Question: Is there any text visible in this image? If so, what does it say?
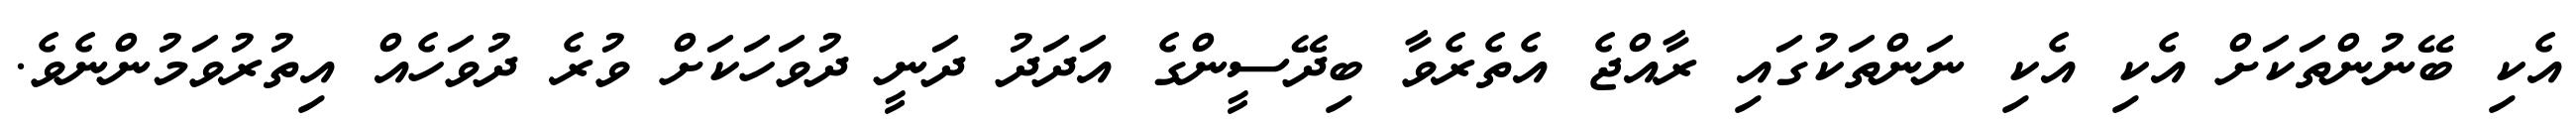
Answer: އެކި ބޭނުންތަކަށް އެކި އެކި ނަންތަކުގައި ރާއްޖެ އެތެރެވާ ބިދޭސީންގެ އަދަދު ދަނީ ދުވަހަކަށް ވުރެ ދުވަހެއް އިތުރުވަމުންނެވެ.